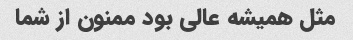
مثل همیشه عالی بود ممنون از شما